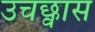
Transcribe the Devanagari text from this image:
उचछ्वास